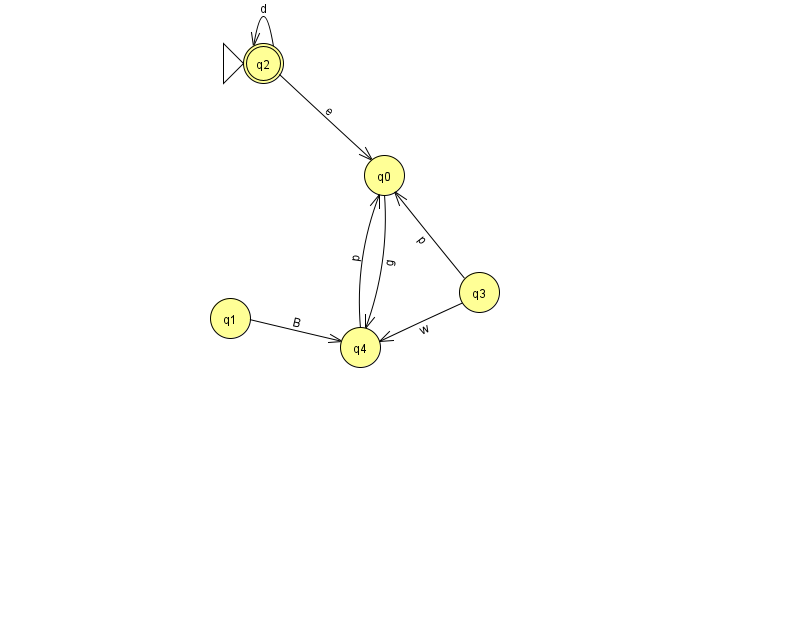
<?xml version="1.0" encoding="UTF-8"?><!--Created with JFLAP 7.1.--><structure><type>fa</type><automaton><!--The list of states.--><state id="0" name="q0"><x>384.0</x><y>162.0</y></state><state id="1" name="q1"><x>230.0</x><y>305.0</y></state><state id="2" name="q2"><x>263.0</x><y>50.0</y><initial/><final/></state><state id="3" name="q3"><x>479.0</x><y>279.0</y></state><state id="4" name="q4"><x>360.0</x><y>334.0</y></state><!--The list of transitions.--><transition><from>1</from><to>4</to><read>B</read></transition><transition><from>2</from><to>0</to><read>e</read></transition><transition><from>3</from><to>4</to><read>w</read></transition><transition><from>4</from><to>0</to><read>p</read></transition><transition><from>0</from><to>4</to><read>g</read></transition><transition><from>2</from><to>2</to><read>d</read></transition><transition><from>3</from><to>0</to><read>p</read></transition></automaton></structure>